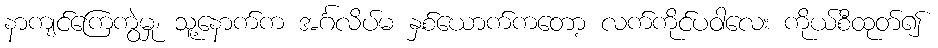
နာကျင်ကြေကွဲမှု၊ သူ့နောက်က အင်္ဂလိပ်မ နှစ်ယောက်ကတော့ လက်ကိုင်ပဝါလေး ကိုယ်စီထုတ်၍